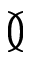
\between